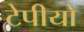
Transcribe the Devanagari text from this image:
टेपीयो